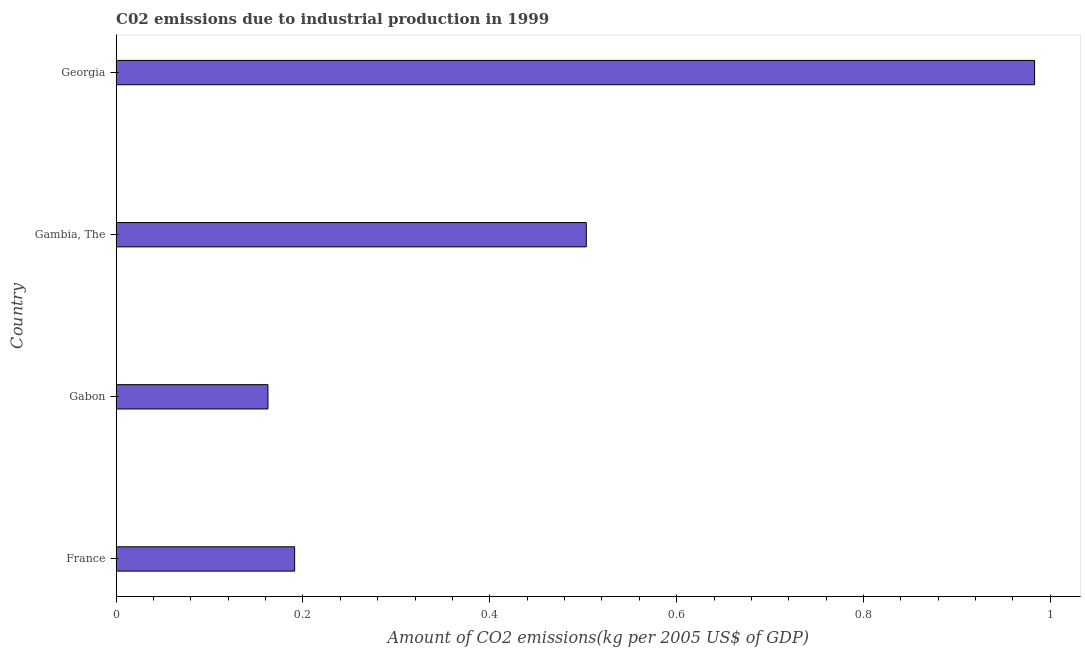
| Country | CO2 emissions  |
 | --- | --- |
 | France | 0.191 |
 | Gabon | 0.162 |
 | Gambia, The | 0.503 |
 | Georgia | 0.983 |